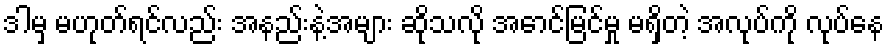
ဒါမှ မဟုတ်ရင်လည်း အနည်းနဲ့အများ ဆိုသလို အောင်မြင်မှု မရှိတဲ့ အလုပ်ကို လုပ်နေ